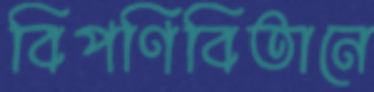
বিপণিবিতানে